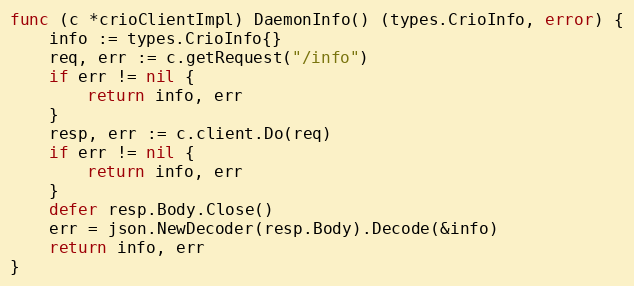
Language: Go
func (c *crioClientImpl) DaemonInfo() (types.CrioInfo, error) {
	info := types.CrioInfo{}
	req, err := c.getRequest("/info")
	if err != nil {
		return info, err
	}
	resp, err := c.client.Do(req)
	if err != nil {
		return info, err
	}
	defer resp.Body.Close()
	err = json.NewDecoder(resp.Body).Decode(&info)
	return info, err
}